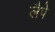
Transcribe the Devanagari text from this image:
लैपे